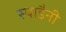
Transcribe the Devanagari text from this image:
स्पाडैनी